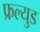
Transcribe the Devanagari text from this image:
फ्रल्युड